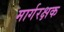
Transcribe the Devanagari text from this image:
मार्गरक्षक